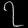
Digit: ၇